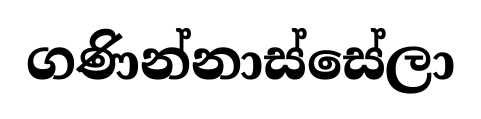
ගණින්නාස්සේලා